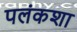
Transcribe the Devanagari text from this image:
पलंकशा